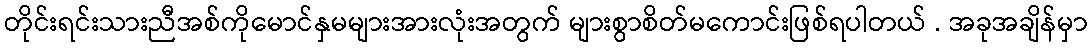
တိုင်းရင်းသားညီအစ်ကိုမောင်နှမများအားလုံးအတွက် များစွာစိတ်မကောင်းဖြစ်ရပါတယ် . အခုအချိန်မှာ